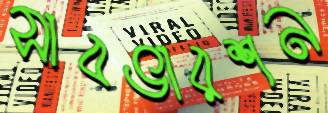
সাবভারশন